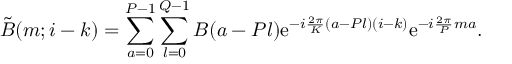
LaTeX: \tilde { B } ( m ; i - k ) = \sum _ { a = 0 } ^ { P - 1 } \sum _ { l = 0 } ^ { Q - 1 } B ( a - P l ) \mathrm { e } ^ { - i { \frac { 2 \pi } { K } } ( a - P l ) ( i - k ) } \mathrm { e } ^ { - i { \frac { 2 \pi } { P } } m a } .